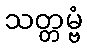
သတ္တမ္ဗံ